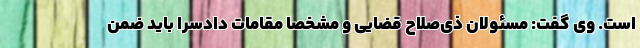
است. وی گفت: مسئولان ذی‌صلاح قضایی و مشخصاً مقامات دادسرا باید ضمن